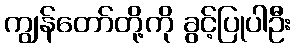
ကျွန်တော်တို့ကို ခွင့်ပြုပါဦး